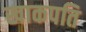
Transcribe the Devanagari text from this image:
खाकपति